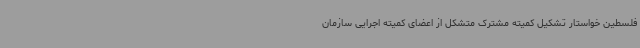
فلسطین خواستار تشکیل کمیته مشترک متشکل از اعضای کمیته اجرایی سازمان